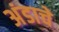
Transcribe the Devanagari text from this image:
अंडाचे